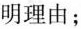
明理由；